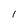
Character: l